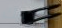
يغضبك